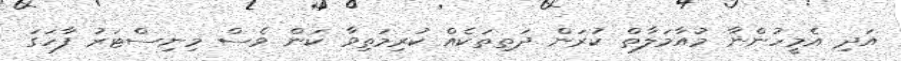
އަދި އެމީހުންނާ މުއާމަލާތް ކުރަން ދަތިތަކެއް ކުރިމަތިވާ ކަން ވެސް މިނިސްޓަރު ފާހަގަ